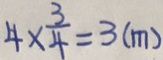
4 \times \frac { 3 } { 4 } = 3 ( m )